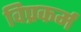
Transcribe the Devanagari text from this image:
विप्रकर्म